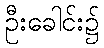
ဦးခေါင်း၌